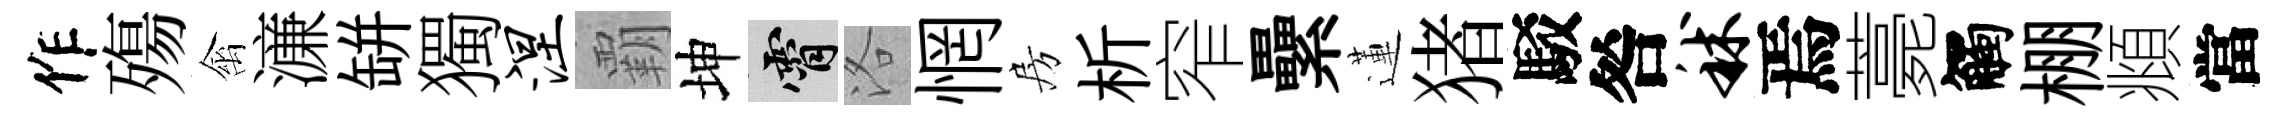
作殤禽濓缾獨涅覇坤霄洛惘房析窄纍蓮猪駁咎秫焉薧觸棚頫當